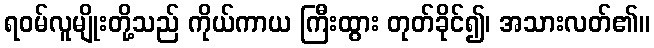
ရဝမ်လူမျိုးတို့သည် ကိုယ်ကာယ ကြီးထွား တုတ်ခိုင်၍၊ အသားလတ်၏။